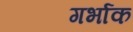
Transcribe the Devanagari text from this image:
गर्भाक